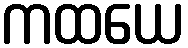
ကထယေ